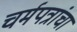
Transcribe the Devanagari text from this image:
चर्मपत्रांचा